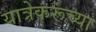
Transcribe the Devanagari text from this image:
यात्रेकरूंच्या